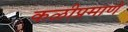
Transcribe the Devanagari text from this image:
कळीप्रमाणे